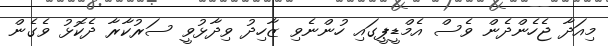
މިއަދާ ޖެހެންދެން ވެސް އެމްޑީޕީގައި ހުންނެވި ޒާހިދު ވިދާޅުވީ ސަރުކާރާ ދެކޮޅު ވެގެން